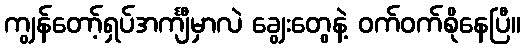
ကျွန်တော့်ရှပ်အင်္ကျီမှာလဲ ချွေးတွေနဲ့ ဝက်ဝက်စိုနေပြီ။